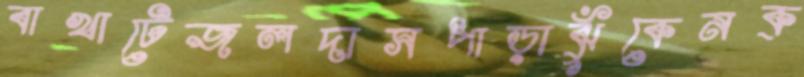
বাখাটেজলদাসপাড়াঝুঁকেনক্